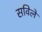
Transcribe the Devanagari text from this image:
सविले